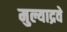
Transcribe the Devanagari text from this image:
मुल्याद्रवे